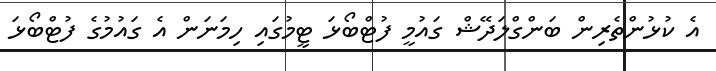
އެ ކުޅުންތެރިން ބަންގްލަދޭޝް ގައުމީ ފުޓްބޯޅަ ޓީމުގައި ހިމަނަން އެ ގައުމުގެ ފުޓްބޯޅަ